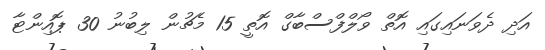
އަދި ދެވަނައިގައި އޮތް ވޯލްފްސްބާގް އޮތީ 15 މެޗުން ލިބުނު 30 ޕޮއިންޓާ